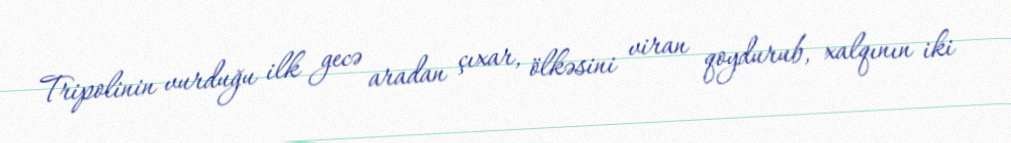
Tripolinin vurduğu ilk gecə aradan çıxar, ölkəsini viran qoydurub, xalqının iki